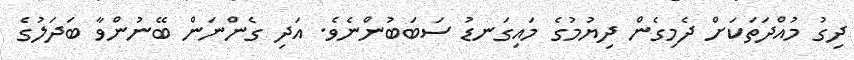
ދިގު މުއްދަތަކަށް ދެމިގެން ދިޔުމުގެ މައިގަނޑު ސަބަބުންނެވެ. އަދި ގެންނަން ބޭނުންވާ ބަދަލުގެ